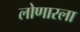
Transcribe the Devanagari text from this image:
लोणारला